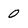
Character: 0